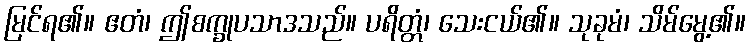
မြင်ရ၏။ ဧတံ၊ ဤစက္ခုပသာဒသည်။ ပရိတ္တံ၊ သေးငယ်၏။ သုခုမံ၊ သိမ်မွေ့၏။